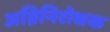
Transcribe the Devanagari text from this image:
अग्निनिरोधक